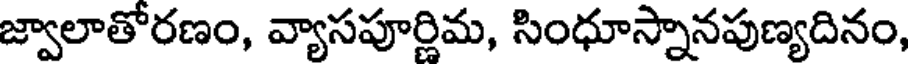
జ్వాలాతోరణం, వ్యాసపూర్ణిమ, సింధూస్నానపుణ్యదినం,